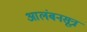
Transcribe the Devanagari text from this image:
आलंबनसूत्र